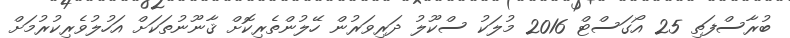
ބުރާސްފަތި 25 އޯގަސްޓް 2016 މުލަކު ސްކޫލު ދަރިވަރުން ހޭލުންތެރިކޮށް ޤާނޫނުތަކަށް އަހުލުވެރިކުރުމަށް